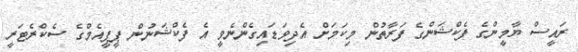
ރައީސް ޔާމީންގެ ފެކްޝަންގެ ފަރާތުން މިކަމަށް އެދިވަޑައިގެންނެވީ އެ ފެކްޝަނުން ޕީޕީއެމްގެ ސެކްރެޓަރީ